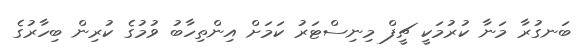
ބަނގުރާ މަނާ ކުރުމަކީ ޗީފް މިނިސްޓަރު ކަމަށް އިންތިހާބު ވުމުގެ ކުރިން ބިހާރުގެ